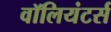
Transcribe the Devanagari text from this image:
वॉलियंटर्स